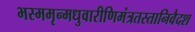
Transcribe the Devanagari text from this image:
भस्ममृन्मधुवारीणिमंत्रतस्तानिवैदश